Lunatic asylums Punjab 1895-1910 - 1895-1910
Year: 1895
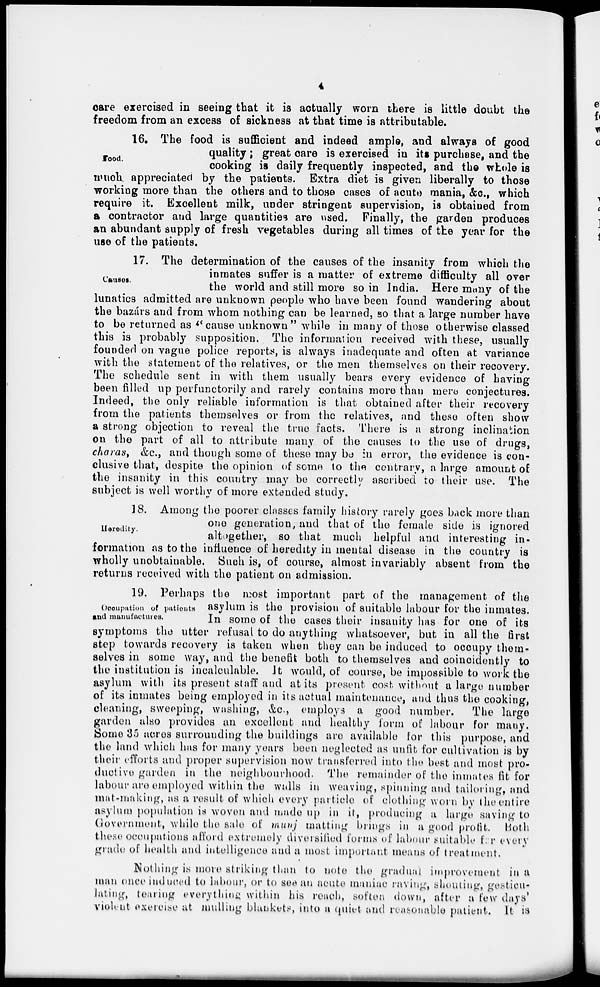
4
care exercised in seeing that it is actually worn there is little doubt the
freedom from an excess of sickness at that time is attributable.
Food.
16. The food is sufficient and indeed ample, and always of good
quality; great care is exercised in its purchase, and the
cooking is daily frequently inspected, and the whole is
much appreciated by the patients. Extra diet is given liberally to those
working more than the others and to those cases of acute mania, &c., which
require it. Excellent milk, under stringent supervision, is obtained from
a contractor and large quantities are used. Finally, the garden produces
an abundant supply of fresh vegetables during all times of the year for the
use of the patients.
Causes.
17. The determination of the causes of the insanity from which the
inmates suffer is a matter of extreme difficulty all over
the world and still more so in India. Here many of the
lunatics admitted are unknown people who have been found wandering about
the bazárs and from whom nothing can be learned, so that a large number have
to be returned as "cause unknown" while in many of those otherwise classed
this is probably supposition. The information received with these, usually
founded on vague police reports, is always inadequate and often at variance
with the statement of the relatives, or the men themselves on their recovery.
The schedule sent in with them usually bears every evidence of having
been filled up perfunctorily and rarely contains more than mere conjectures.
Indeed, the only reliable information is that obtained after their recovery
from the patients themselves or from the relatives, and these often show
a strong objection to reveal the true facts. There is a strong inclination
on the part of all to attribute many of the causes to the use of drugs,
charas, &c., and though some of these may be in error, the evidence is con-
clusive that, despite the opinion of some to the contrary, a large amount of
the insanity in this country may be correctly ascribed to their use. The
subject is well worthy of more extended study.
Heredity.
18. Among the poorer classes family history rarely goes back more than
one generation, and that of the female side is ignored
altogether, so that much helpful and interesting in-
formation as to the influence of heredity in mental disease in the country is
wholly unobtainable. Such is, of course, almost invariably absent from the
returns received with the patient on admission.
Occupation of patients
and manufactures.
19. Perhaps the most important part of the management of the
asylum is the provision of suitable labour for the inmates.
In some of the cases their insanity has for one of its
symptoms the utter refusal to do anything whatsoever, but in all the first
step towards recovery is taken when they can be induced to occupy them-
selves in some way, and the benefit both to themselves and coincidently to
the institution is incalculable. It would, of course, be impossible to work the
asylum with its present staff and at its present cost without a large number
of its inmates being employed in its actual maintenance, and thus the cooking,
cleaning, sweeping, washing, &c., employs a good number.
The large
garden also provides an excellent and healthy form of labour for many.
Some 35 acres surrounding the buildings are available for this purpose, and
the land which has for many years been neglected as unfit for cultivation is by
their efforts and proper supervision now transferred into the best and most pro-
ductive garden in the neighbourhood. The remainder of the inmates fit for
labour are employed within the walls in weaving, spinning and tailoring, and
mat-making, as a result of which every particle of clothing worn by the entire
asylum population is woven and made up in it, producing a large saving to
Government, while the sale of munj matting brings in a good profit. Both
these occupations afford extremely diversified forms of labour suitable for every
grade of health and intelligence and a most important means of treatment.
Nothing is more striking than to note the gradual improvement in a
man once induced to labour, or to see an acute maniac raving, shouting, gesticu-
lating, tearing everything within his reach, soften down, after a few days'
violent exercise at mulling blankets, into a quiet and reasonable patient. It is